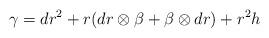
LaTeX: \begin{align*} \gamma = dr^2 + r (dr \otimes \beta + \beta \otimes dr) + r^2 h \end{align*}